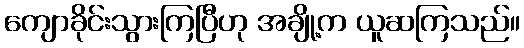
ကျောခိုင်းသွားကြပြီဟု အချို့က ယူဆကြသည်။